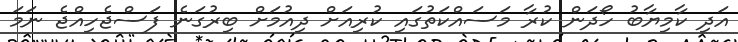
އަދި ކާމިޔާބު ހޯދަން ކުރާ މަސައްކަތުގައި ކުރިއަށް ދިއުމަށް ބިރުގަނެ ފަސްޖެހިއްޖެ ނަމަ